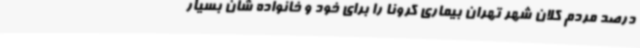
درصد مردم کلان شهر تهران بیماری کرونا را برای خود و خانواده شان بسیار